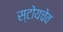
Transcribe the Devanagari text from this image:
स्टोयचेव